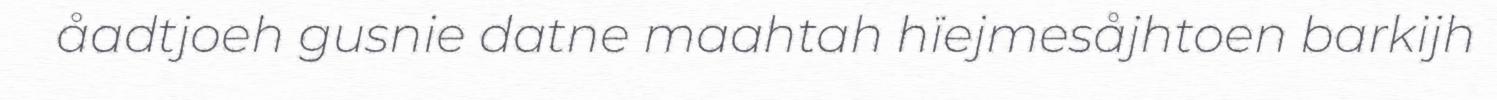
åadtjoeh gusnie datne maahtah hïejmesåjhtoen barkijh